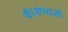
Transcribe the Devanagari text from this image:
थे।संभाजी